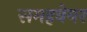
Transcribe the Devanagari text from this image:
समहवेयर